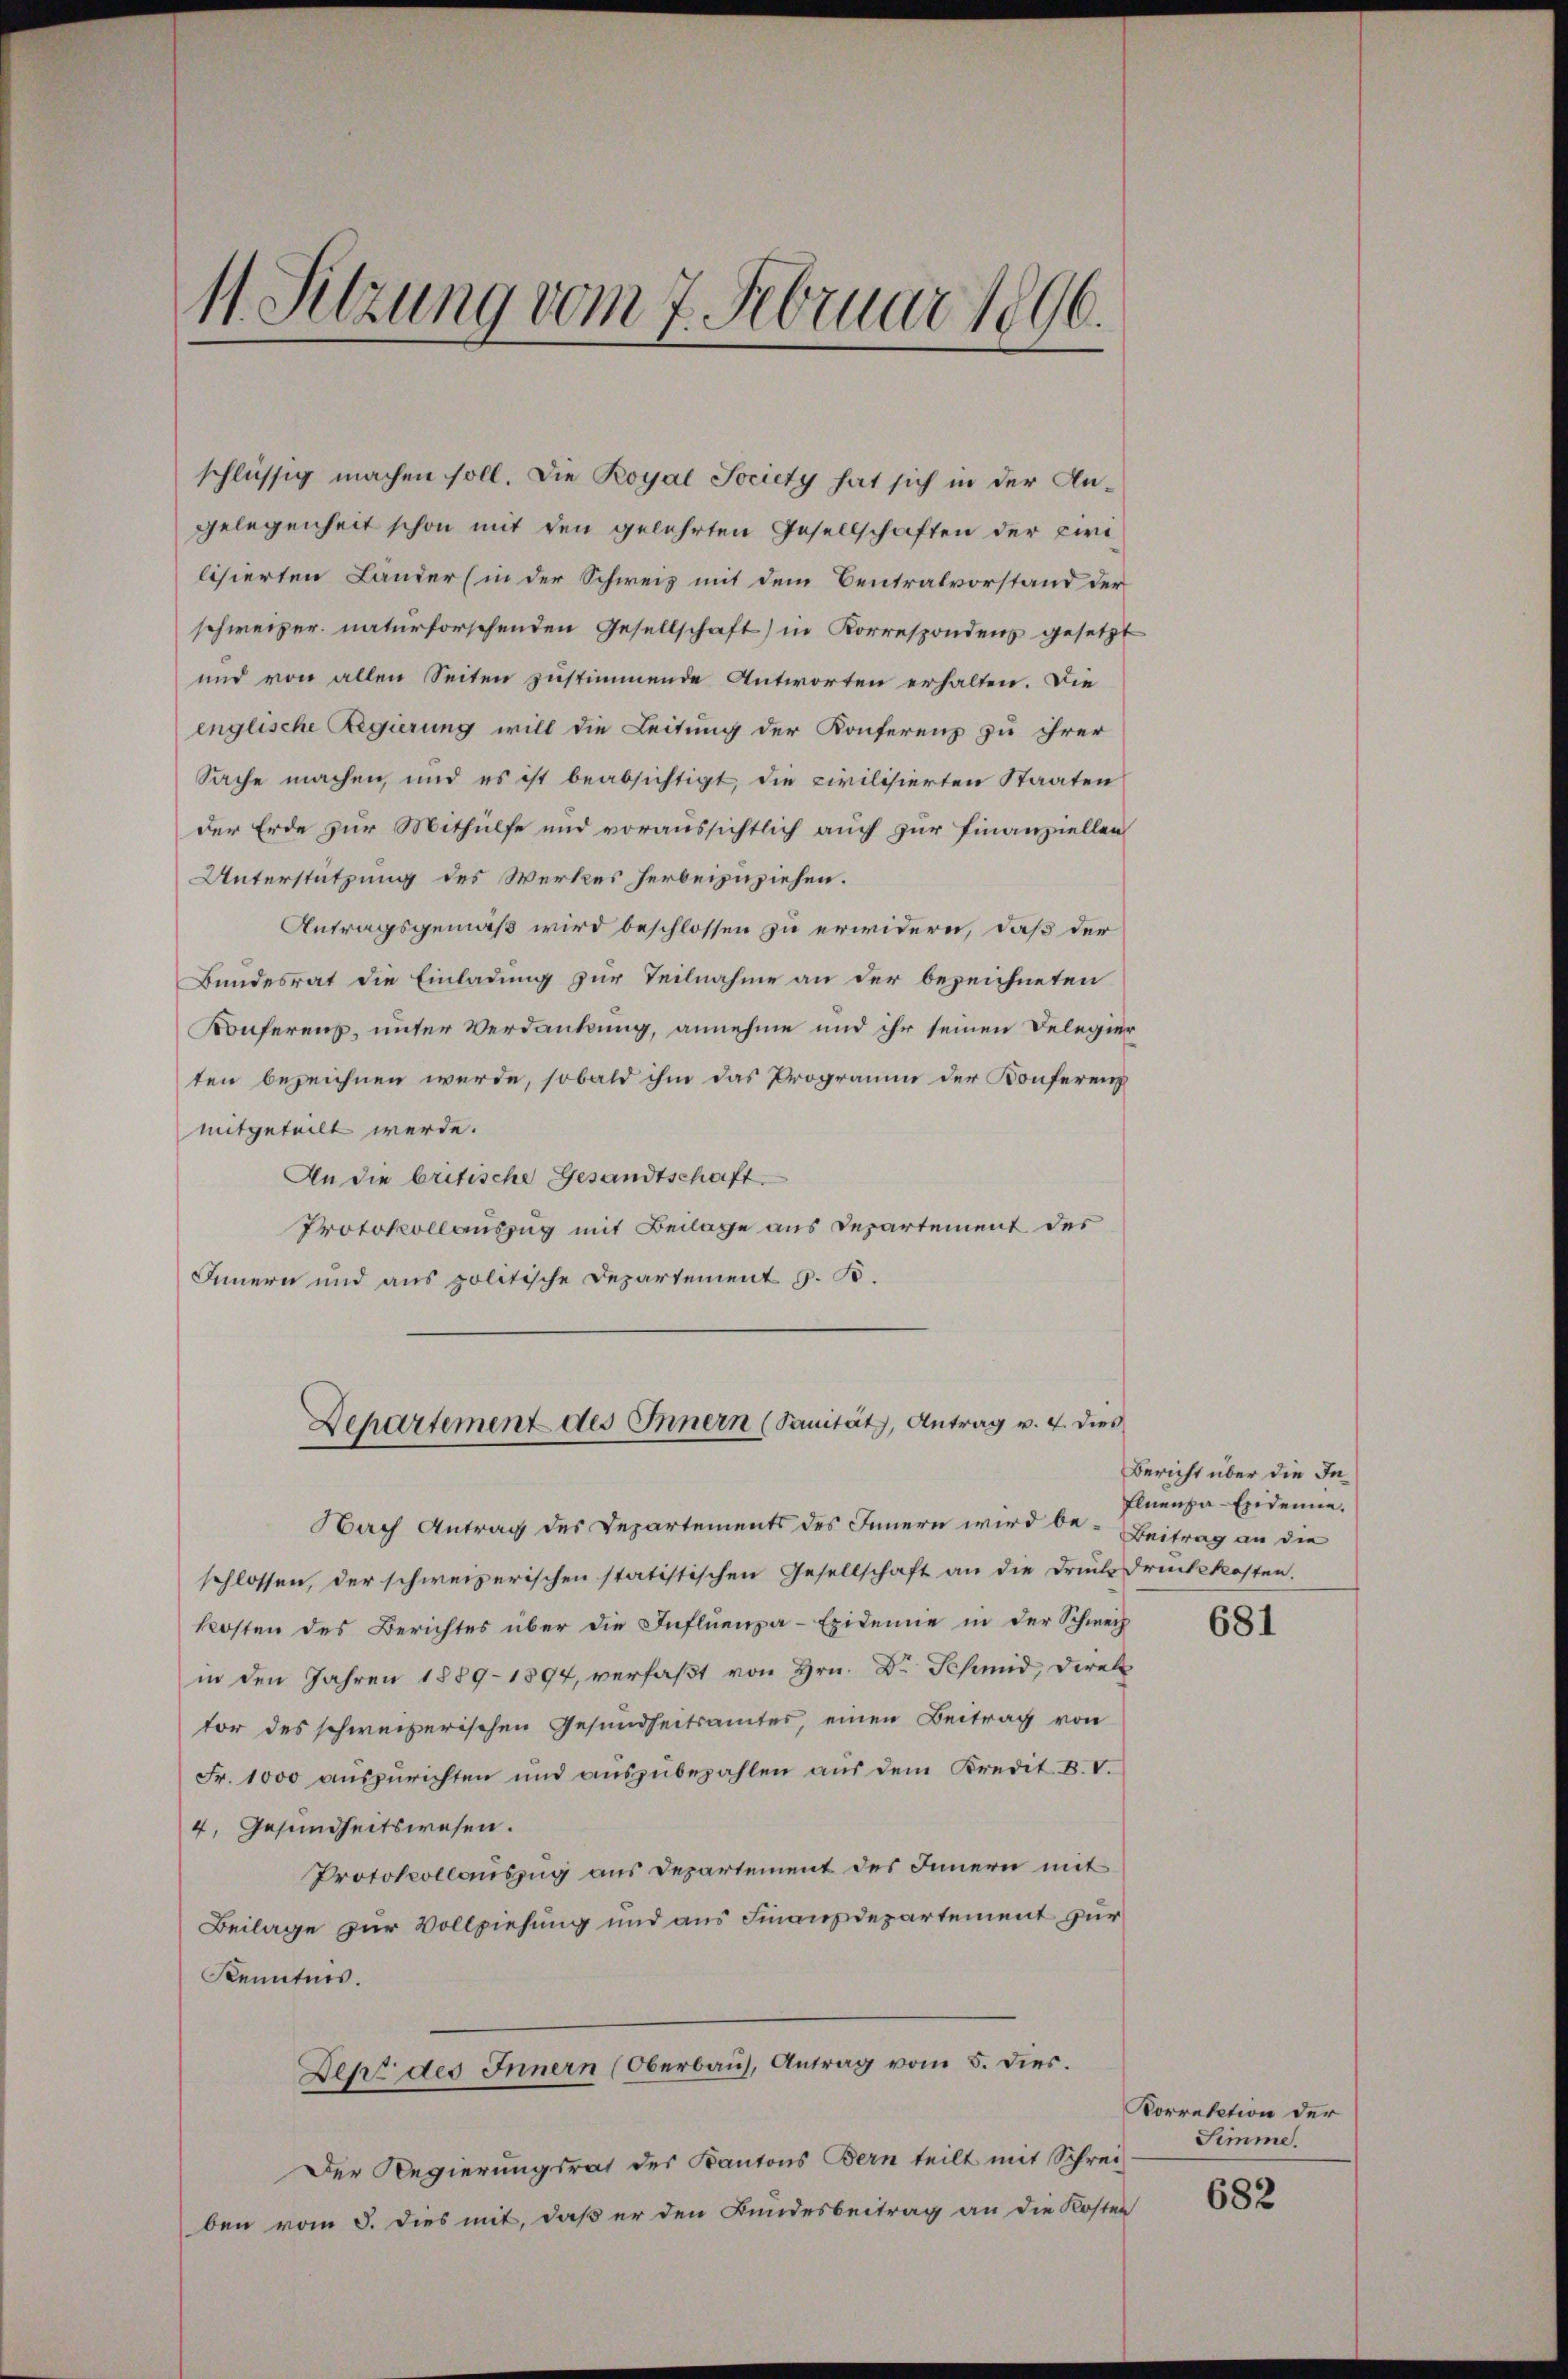
11. Sitzung vom 7. Februar 1896.

schlüssig machen soll. Die Royal Society hat sich in der An¬

gelegenheit schon mit den gelehrten Gesellschaften der cirilisierten Länder (in der Schweiz mit dem Centralvorstand der
schweizer naturforschenden Gesellschaft) in Korrespondenz gesetzt
und von allen Seiten zustimmende Antworten erhalten. Die
englische Regierung will die Leitung der Konferenz zu ihrer
Sache machen, und es ist beabsichtigt, die civilisierten Staaten
der Erde zur Mithülfe und voraussichtlich auch zur Finanziellen
Unterstützung des Werkes herbeizuziehen.
Antragsgemäß wird beschlossen zu erwidern, daß der
Bundesrat die Einladung zur Teilnahme an der bezeichneten
Konferenz, unter Verdankung, annehme und ihr seinen Delegier
ten bezeichnen werde, sobald ihm das Programm der Konferenz
mitgeteilt werde.
An die britische Gesandtschaft
Protokollauszug mit Beilage aus Departement des
Innern und aus politische Departement z. B.
Departement des Innern (Sanität, Antrag v. 4. dies
Nach Antrag des Departements des Innern wird be- Beitrag an die
schlossen, der schweizerischen statistischen Gesellschaft an die Druck druckkosten.
kosten des Berichtes über die Influenza-Epidemie in der Schweiz
in den Jahren 1889– 1894, verfaßt von Hrn. Dr Schmid, Direk
tor des schweizerischen Gesundheitsamtes, einen Beitrag von
Fr. 1000 aŭszŭrichten und aŭszŭbezahlen aŭs dem Kredit. B. V.
4. Gesundheitswesen.
Protokollauszug aus Departement des Innern mit
Beilage zur Vollziehung und aus Finanzdepartement zur
Kenntnis.
Deke des Innern (Oberbaŭ, Antrag vom 5. dies
Der Regierungsrat des Kantons Bern teilt mit Schrei-
ben vom 5. dies mit, daß er den Bundesbeitrag an die Kosten

Bericht über die In
Eluenza-Exdenie.

681

Korrektion der
Simme.

682